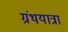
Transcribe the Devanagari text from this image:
ग्रंथयात्रा